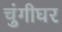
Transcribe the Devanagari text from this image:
चुंगीघर